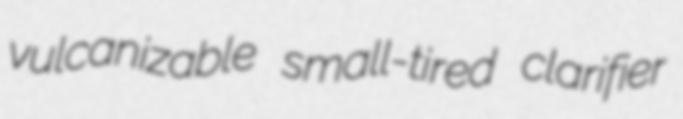
vulcanizable small-tired clarifier